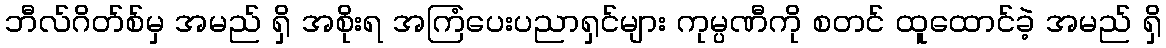
ဘီလ်ဂိတ်စ်မှ အမည် ရှိ အစိုးရ အကြံပေးပညာရှင်များ ကုမ္ပဏီကို စတင် ထူထောင်ခဲ့ အမည် ရှိ